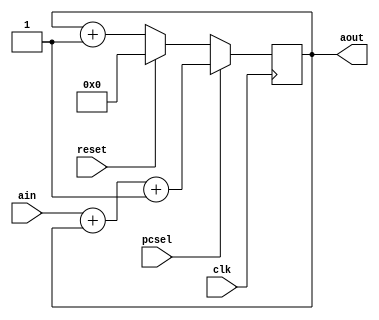
module pclogic(clk, reset, ain, aout, pcsel);

input reset;
input clk;
input [31:0] ain;
//pecsel = branch & zero
input pcsel;

output reg [31:0] aout;

always @(posedge clk ) begin
	if (reset==1)
		aout<=32'b0;
	else
		if (pcsel==0) begin
			aout<=aout+1; // we have +1 and not +4 bc as we said the mem is word(4bytes) and not byte adressable
		end
		if (pcsel==1) begin
			aout<=ain+aout+1; //branch
	end
end


endmodule